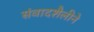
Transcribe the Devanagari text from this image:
संवादशैलीने